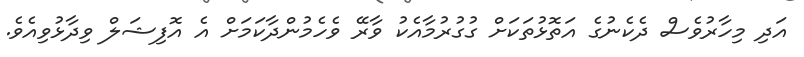
އަދި މިހާރުވެސް ދެކެނުގެ އަތޮޅުތަކަށް ގުގުރުމާއެކު ވާރޭ ވެހެމުންދާކަމަށް އެ އޮފިޝަލް ވިދާޅުވިއެވެ.